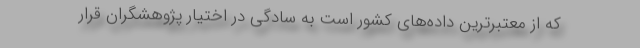
که از معتبرترین داده‌های کشور است به سادگی در اختیار پژوهشگران قرار